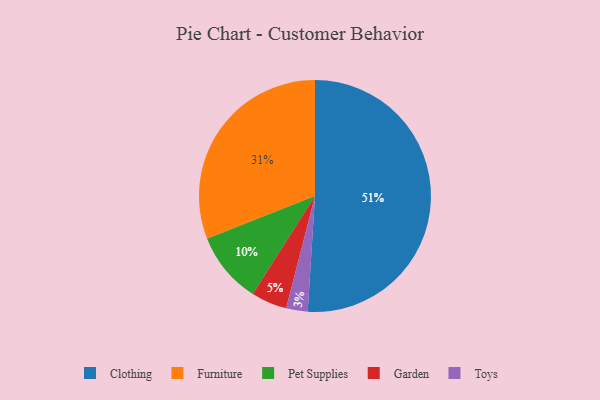
{"axis": {"x": "Category", "y": "Percentage"}, "legend": ["Clothing", "Furniture", "Garden", "Pet Supplies", "Toys"], "data": [{"x": "Pet Supplies", "y": 10, "type": "Pet Supplies"}, {"x": "Clothing", "y": 51, "type": "Clothing"}, {"x": "Toys", "y": 3, "type": "Toys"}, {"x": "Furniture", "y": 31, "type": "Furniture"}, {"x": "Garden", "y": 5, "type": "Garden"}]}